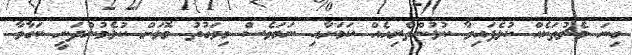
ގިނަ މެޗުތަކެއް ކުޅެފައިވާ ކުޅުންތެރިއެއް ކަމަށާއި ނަމަވެސް މިވަގުތު މޮޅަށް ކުޅެމުންދަނީ ކަގާވާ